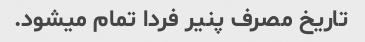
تاریخ مصرف پنیر فردا تمام میشود.